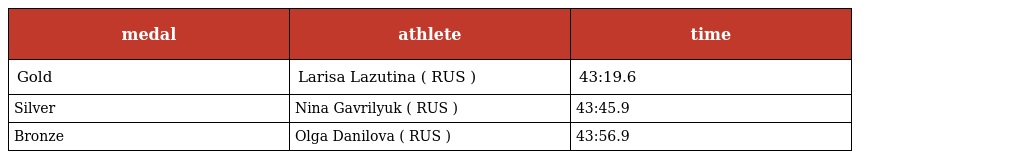
| medal | athlete | time |
 | --- | --- | --- |
 | Gold | Larisa Lazutina ( RUS ) | 43:19.6 |
 | Silver | Nina Gavrilyuk ( RUS ) | 43:45.9 |
 | Bronze | Olga Danilova ( RUS ) | 43:56.9 |